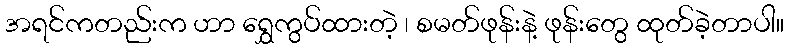
အရင်ကတည်းက ဟာ ရွှေကွပ်ထားတဲ့ ၊ စမတ်ဖုန်းနဲ့ ဖုန်းတွေ ထုတ်ခဲ့တာပါ။